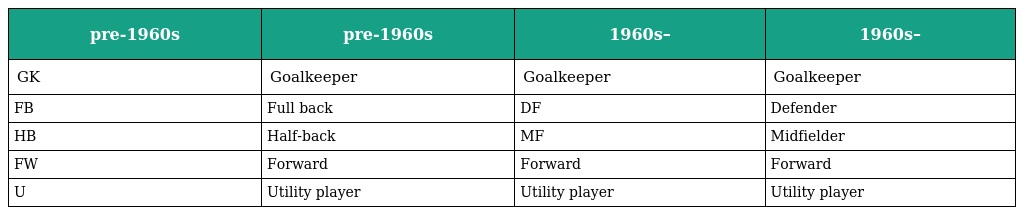
| pre-1960s | pre-1960s | 1960s– | 1960s– |
 | --- | --- | --- | --- |
 | GK | Goalkeeper | Goalkeeper | Goalkeeper |
 | FB | Full back | DF | Defender |
 | HB | Half-back | MF | Midfielder |
 | FW | Forward | Forward | Forward |
 | U | Utility player | Utility player | Utility player |